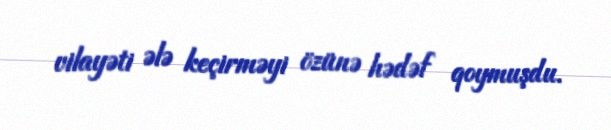
vilayəti ələ keçirməyi özünə hədəf qoymuşdu.